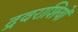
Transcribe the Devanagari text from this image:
द्रवराशियों